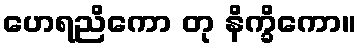
ဟေရညိကော တု နိက္ခိကော။